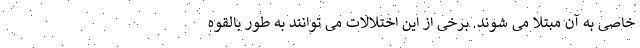
خاصی به آن مبتلا می شوند. برخی از این اختلالات می توانند به طور بالقوه